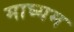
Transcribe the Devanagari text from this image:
माघ्‍यम